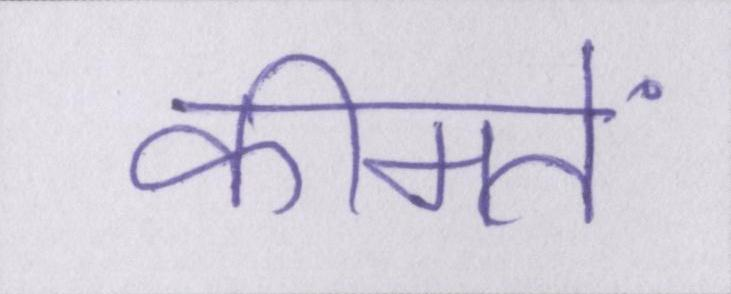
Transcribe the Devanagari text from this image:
कीमतें